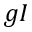
g I